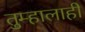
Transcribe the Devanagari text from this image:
तुम्हालाही